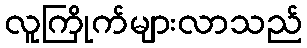
လူကြိုက်များလာသည်